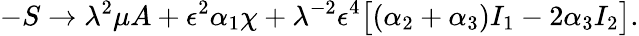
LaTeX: -S\to\lambda^{2}\mu A+\epsilon^{2}\alpha_{1}\chi+\lambda^{-2}\epsilon^{4}\big[(\alpha_{2}+\alpha_{3})I_{1}-2\alpha_{3}I_{2}\big].